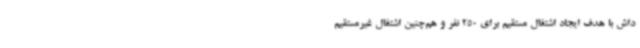
داش با هدف ایجاد اشتغال مستقیم برای 250 نفر و هم‌چنین اشتغال غیرمستقیم